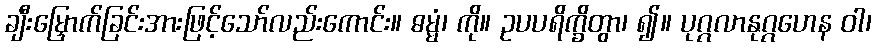
ချီးမြှောက်ခြင်းအားဖြင့်သော်လည်းကောင်း။ ဓမ္မံ၊ ကို။ ဥပပရိက္ခိတွာ၊ ၍။ ပုဂ္ဂလာနုဂ္ဂဟေန ဝါ၊